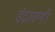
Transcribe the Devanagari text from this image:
इंद्रावणी